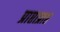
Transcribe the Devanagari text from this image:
प्राप्ताप्राप्त